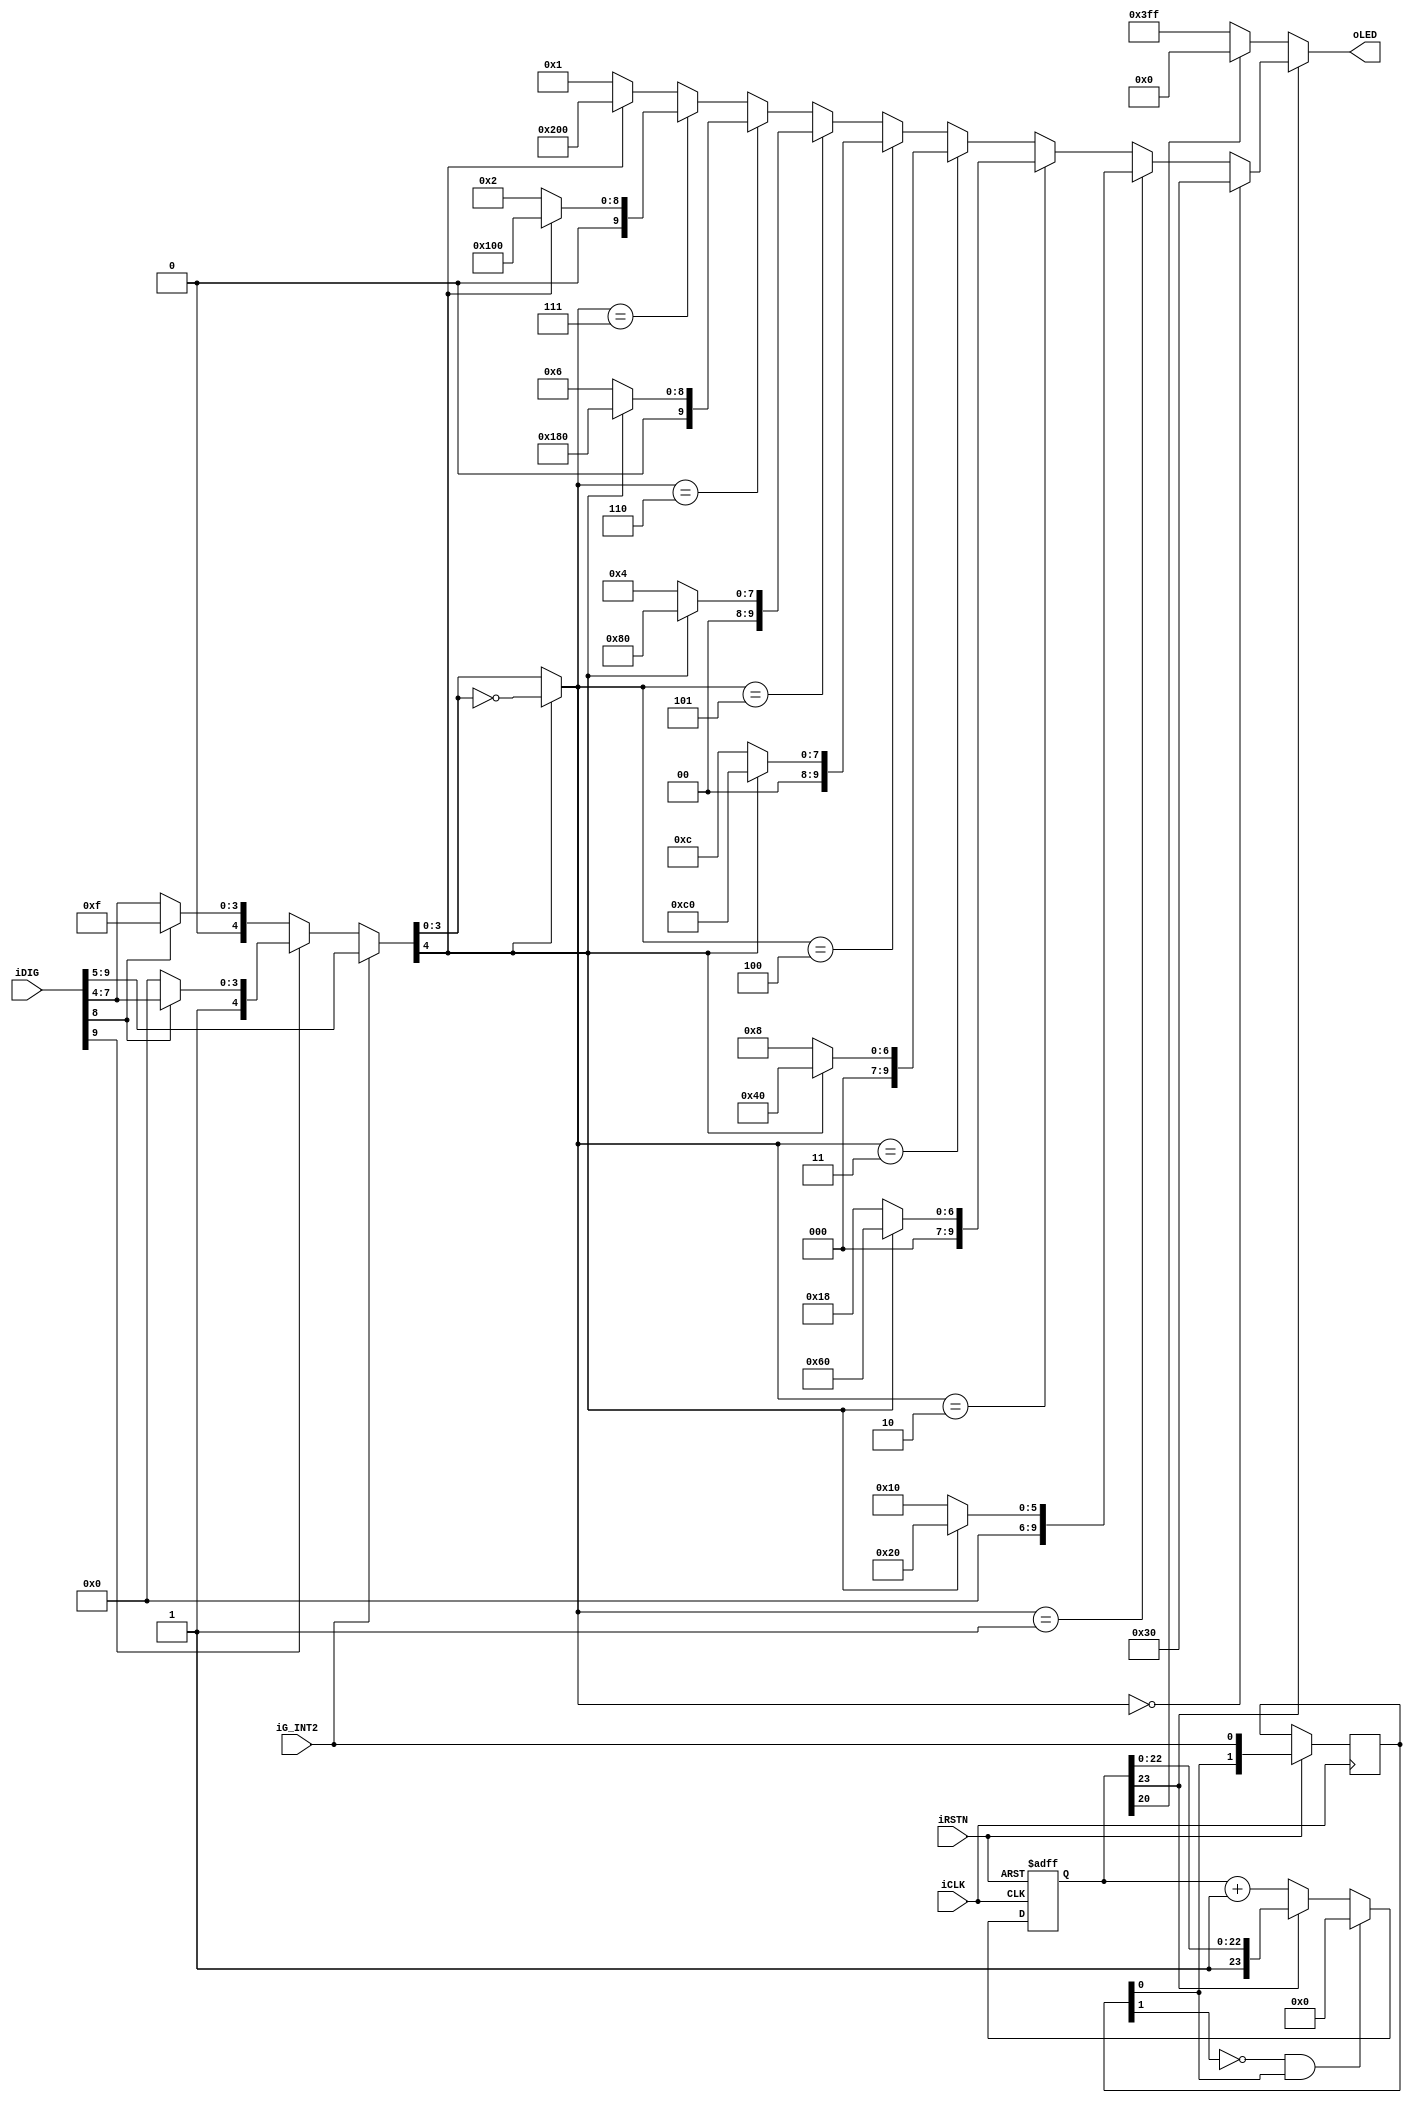
module led_driver(iRSTN, iCLK, iDIG, iG_INT2, oLED);
    input iRSTN;
    input iCLK;
    input[9:0] iDIG;
    input iG_INT2;
    output[9:0] oLED;

    //=======================================================
    //  REG/WIRE declarations
    //=======================================================
    wire[4:0] select_data;
    wire signed_bit;
    wire[3:0] abs_select_high;
    reg[1:0] int2_d;
    reg[23:0] int2_count;
    reg int2_count_en;

    //=======================================================
    //  Structural coding
    //=======================================================
    assign select_data = iG_INT2 ? iDIG[9:5] :  // +-2g resolution : 10-bit
        (iDIG[9] ?(iDIG[8] ? iDIG[8:4] : 5'h10) : (iDIG[8] ? 5'hf : iDIG[8:4])); // +-g resolution : 9-bit
    assign signed_bit = select_data[4];
    assign abs_select_high = signed_bit ? ~select_data[3:0] : select_data[3:0]; // the negitive number here is the 2's complement - 1

    /*assign oLED = int2_count[23] ? ((abs_select_high[3:1] == 3'h0) ? 8'h18 :
                                            (abs_select_high[3:1] == 3'h1) ? (signed_bit?8'h8:8'h10) :
                                            (abs_select_high[3:1] == 3'h2) ? (signed_bit?8'hc:8'h30) :
                                            (abs_select_high[3:1] == 3'h3) ? (signed_bit?8'h4:8'h20) :
                                            (abs_select_high[3:1] == 3'h4) ? (signed_bit?8'h6:8'h60) :
                                            (abs_select_high[3:1] == 3'h5) ? (signed_bit?8'h2:8'h40) :
                                            (abs_select_high[3:1] == 3'h6) ? (signed_bit?8'h3:8'hc0) :
                                                                             (signed_bit?8'h1:8'h80)):
                                            (int2_count[20] ? 8'h0 : 8'hff); // Activity*/

    assign oLED = int2_count[23] ? ((abs_select_high[3:0] == 3'h0) ? 10'h030:
        (abs_select_high[3:0] == 3'h1) ? (signed_bit ? 10'h020 : 10'h010):
        (abs_select_high[3:0] == 3'h2) ? (signed_bit ? 10'h060 : 10'h018):
        (abs_select_high[3:0] == 3'h3) ? (signed_bit ? 10'h040 : 10'h8):
        (abs_select_high[3:0] == 3'h4) ? (signed_bit ? 10'h0C0 : 10'hC):
        (abs_select_high[3:0] == 3'h5) ? (signed_bit ? 10'h080 : 10'h4):
        (abs_select_high[3:0] == 3'h6) ? (signed_bit ? 10'h180 : 10'h6):
        (abs_select_high[3:0] == 3'h7) ? (signed_bit ? 10'h100 : 10'h2):
        (abs_select_high[3:0] == 3'h8) ? (signed_bit ? 10'h300 : 10'h3):
        (signed_bit ? 10'h200 : 10'h1)) : (int2_count[20] ? 10'h0 : 10'h3ff); // Activity

    always @(posedge iCLK or negedge iRSTN)
        if (!iRSTN)
            begin
                int2_count_en <= 1'b0;
                int2_count <= 24'h800000;
            end
        else
            begin
                int2_d <= {int2_d[0], iG_INT2};

                if (!int2_d[1] && int2_d[0])
                    begin
                        int2_count_en <= 1'b1;
                        int2_count <= 24'h0;
                    end
                else if (int2_count[23])
                    int2_count_en <= 1'b0;
                else
                    int2_count <= int2_count+1;
            end

endmodule